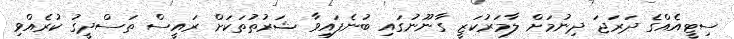
ސިޓީއެއްގެ ދަރަޖަ ދިނުމަށް ލާމަރުކަޒީ ގާނޫނުގައި ބުނެފައިވާ ޝަރުތުތަކަށް ރައީސް ތަސްދީގު ކުރެއްވި